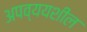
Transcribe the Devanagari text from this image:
अपव्ययशील